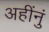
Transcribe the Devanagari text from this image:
अहींनुं